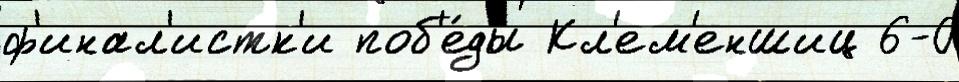
ф'инал'истк'и поб'е́ды Кл'ем'еншиц 6-0